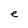
Character: e